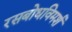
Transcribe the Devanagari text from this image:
रसबोधविमर्श